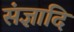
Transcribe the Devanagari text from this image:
संज्ञादि